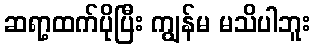
ဆရာ့ထက်ပိုပြီး ကျွန်မ မသိပါဘူး